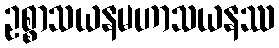
ဥစ္စာသယနမဟာသယနဿ